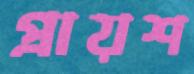
প্রায়শ